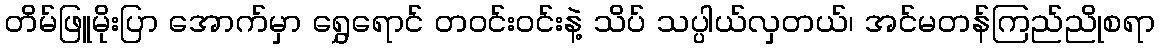
တိမ်ဖြူမိုးပြာ အောက်မှာ ရွှေရောင် တဝင်းဝင်းနဲ့ သိပ် သပ္ပါယ်လှတယ်၊ အင်မတန်ကြည်ညိုစရာ